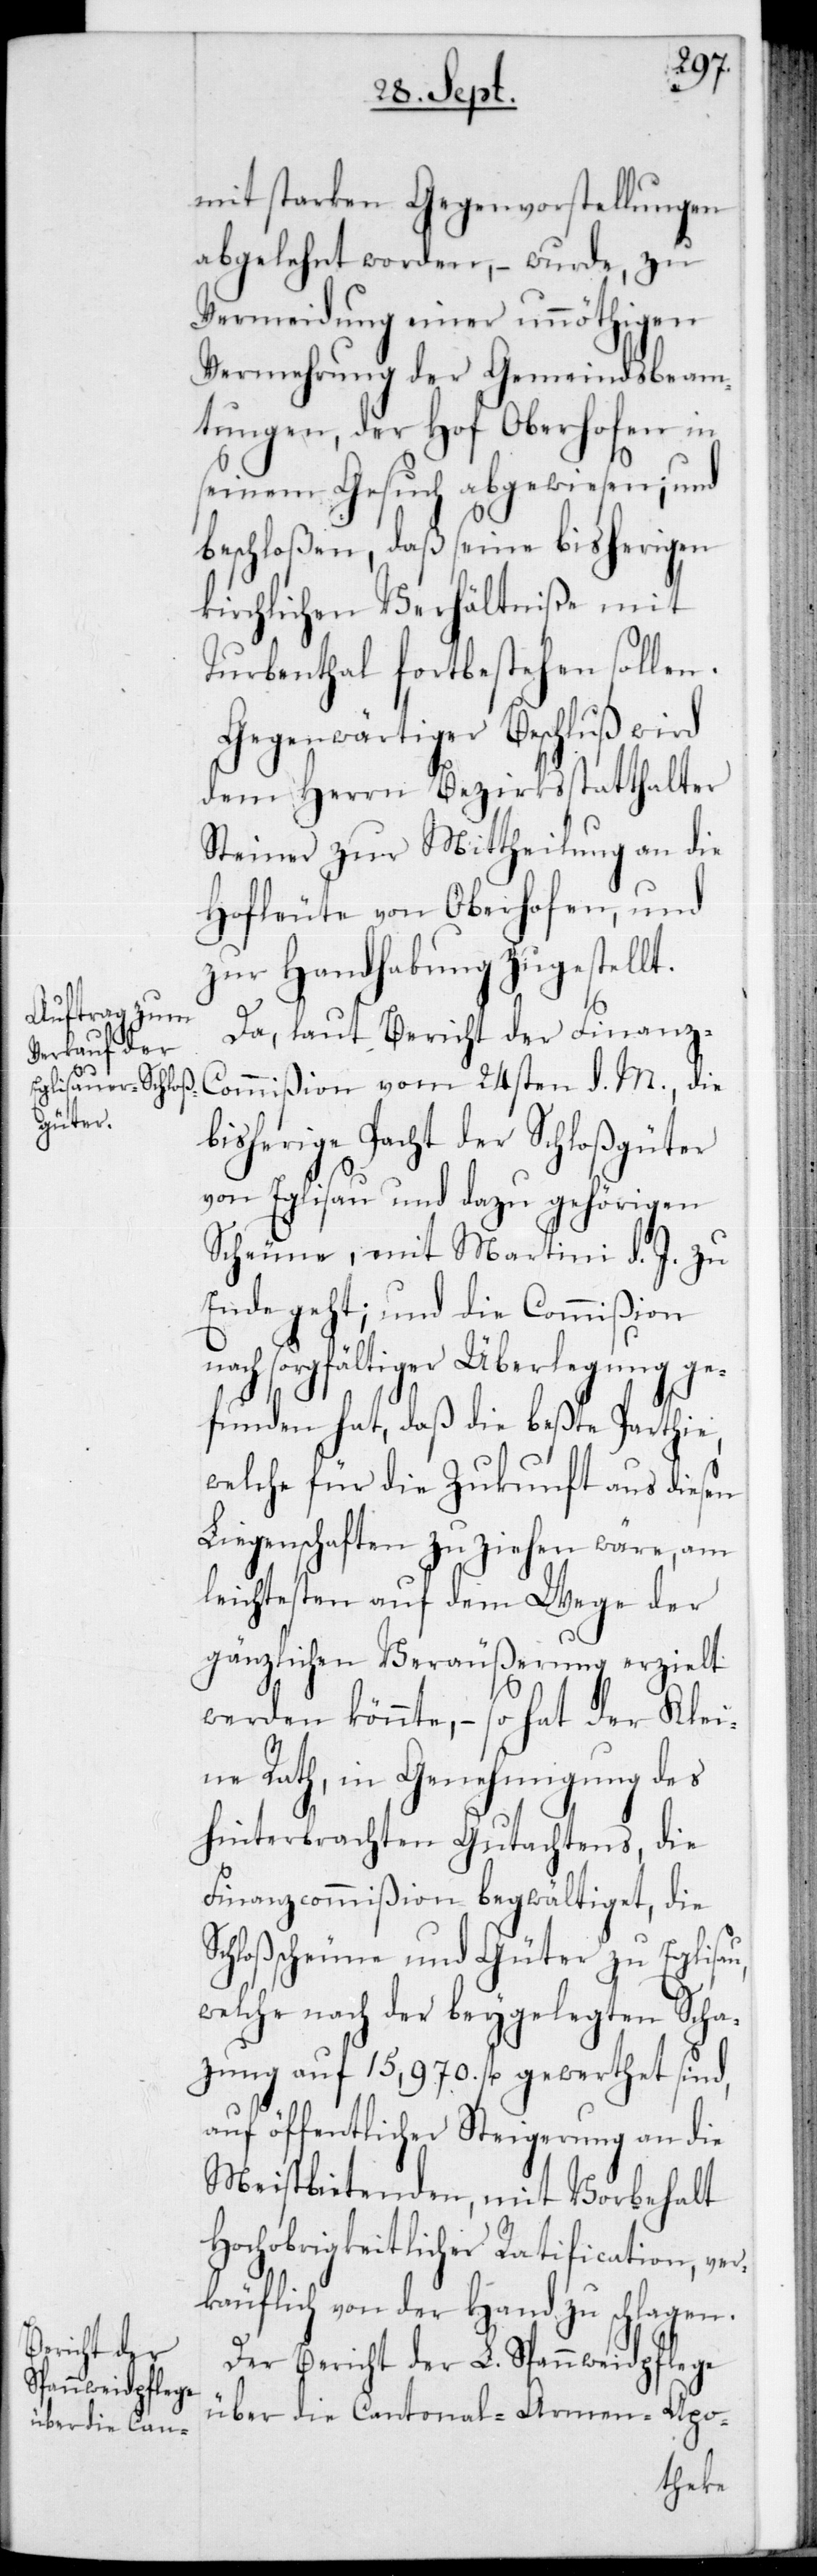
mit starken Gegenvorstellungen
abgelehnt worden, – wurde zu
Vermeidung einer unnöthigen
Vermehrung der Gemeindsbeam¬
tungen, der Hof Oberhofen in
seinem Gesuch abgewiesen; und
beschloßen, daß seine bisherigen
kirchlichen Verhältniße mit
Turbenthal fortbestehen sollen.
Gegenwärtiger Beschluß wird
dem Herrn Bezirksstatthalter
Steiner zur Mittheilung an die
Hofleute von Oberhofen, und
zur Handhabung zugestellt.
Da, laut Bericht der Finanz-C¬
ommißion vom 24sten d. M. die
bisherige Pacht der Schloßgüter
von Eglisau und dazu gehörigen
Scheune, mit Martini d. J. zu
Ende geht; und die Commißion
nach sorgfältiger Überlegung ge¬
funden hat, daß die beste Parthie,
welche für die Zukunft aus diesen
Liegenschaften zu ziehen wäre, am
leichtesten auf dem Wege der
gänzlichen Veräußerung erzielt
werden könnte, – so hat der Klei¬
ne Rath, in Genehmigung des
hinterbrachten Gutachtens, die
Finanzcommißion begwältiget, die
Schloßscheune und Güter zu Eglisau,
welche nach der beygelegten Schat¬
zung auf 15'970 fl. gewerthet sind,
auf öffentlicher Steigerung an die
Meistbietenden, mit Vorbehalt
Hochobrigkeitlicher Ratification, ver¬
käuflich von der Hand zu schlagen.
Der Bericht der L. Spannweidpflege
über die Cantonal-Armen-Apo-